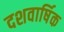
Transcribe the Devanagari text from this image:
दशवार्षिक